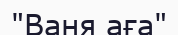
"Ваня аға"